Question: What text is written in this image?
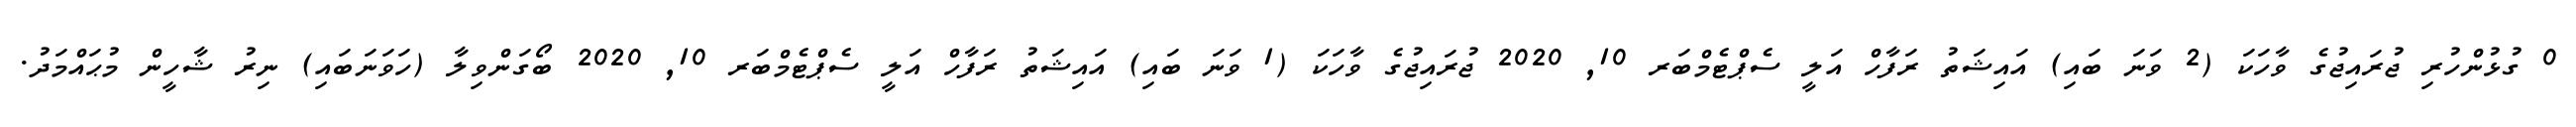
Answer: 0 ގުޅުންހުރި ޖުރައިޖުގެ ވާހަކަ (2 ވަނަ ބައި) އައިޝަތު ރަފާހް އަލީ ސެޕްޓެމްބަރ 10, 2020 ޖުރައިޖުގެ ވާހަކަ (1 ވަނަ ބައި) އައިޝަތު ރަފާހް އަލީ ސެޕްޓެމްބަރ 10, 2020 ބޯގަންވިލާ (ހަވަނަބައި) ނިރު ޝާހީން މުޙައްމަދު.